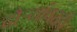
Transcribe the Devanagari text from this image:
दौर्‍यांवरही